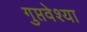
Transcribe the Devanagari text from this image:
गुप्तवेश्या